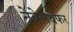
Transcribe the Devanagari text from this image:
नेबेलवेफर